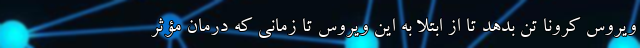
ویروس کرونا تن بدهد تا از ابتلا به این ویروس تا زمانی که درمان مؤثر